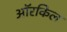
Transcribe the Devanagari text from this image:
ऑरकिल